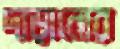
দাড়ানোর